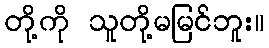
တို့ကို သူတို့မမြင်ဘူး။